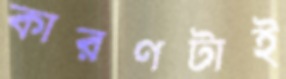
কারণটাই